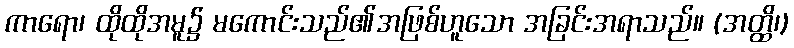
ကာရော၊ ထိုထိုအမူ၌ မကောင်းသည်၏အဖြစ်ဟူသော အခြင်းအရာသည်။ (အတ္ထိ၊)